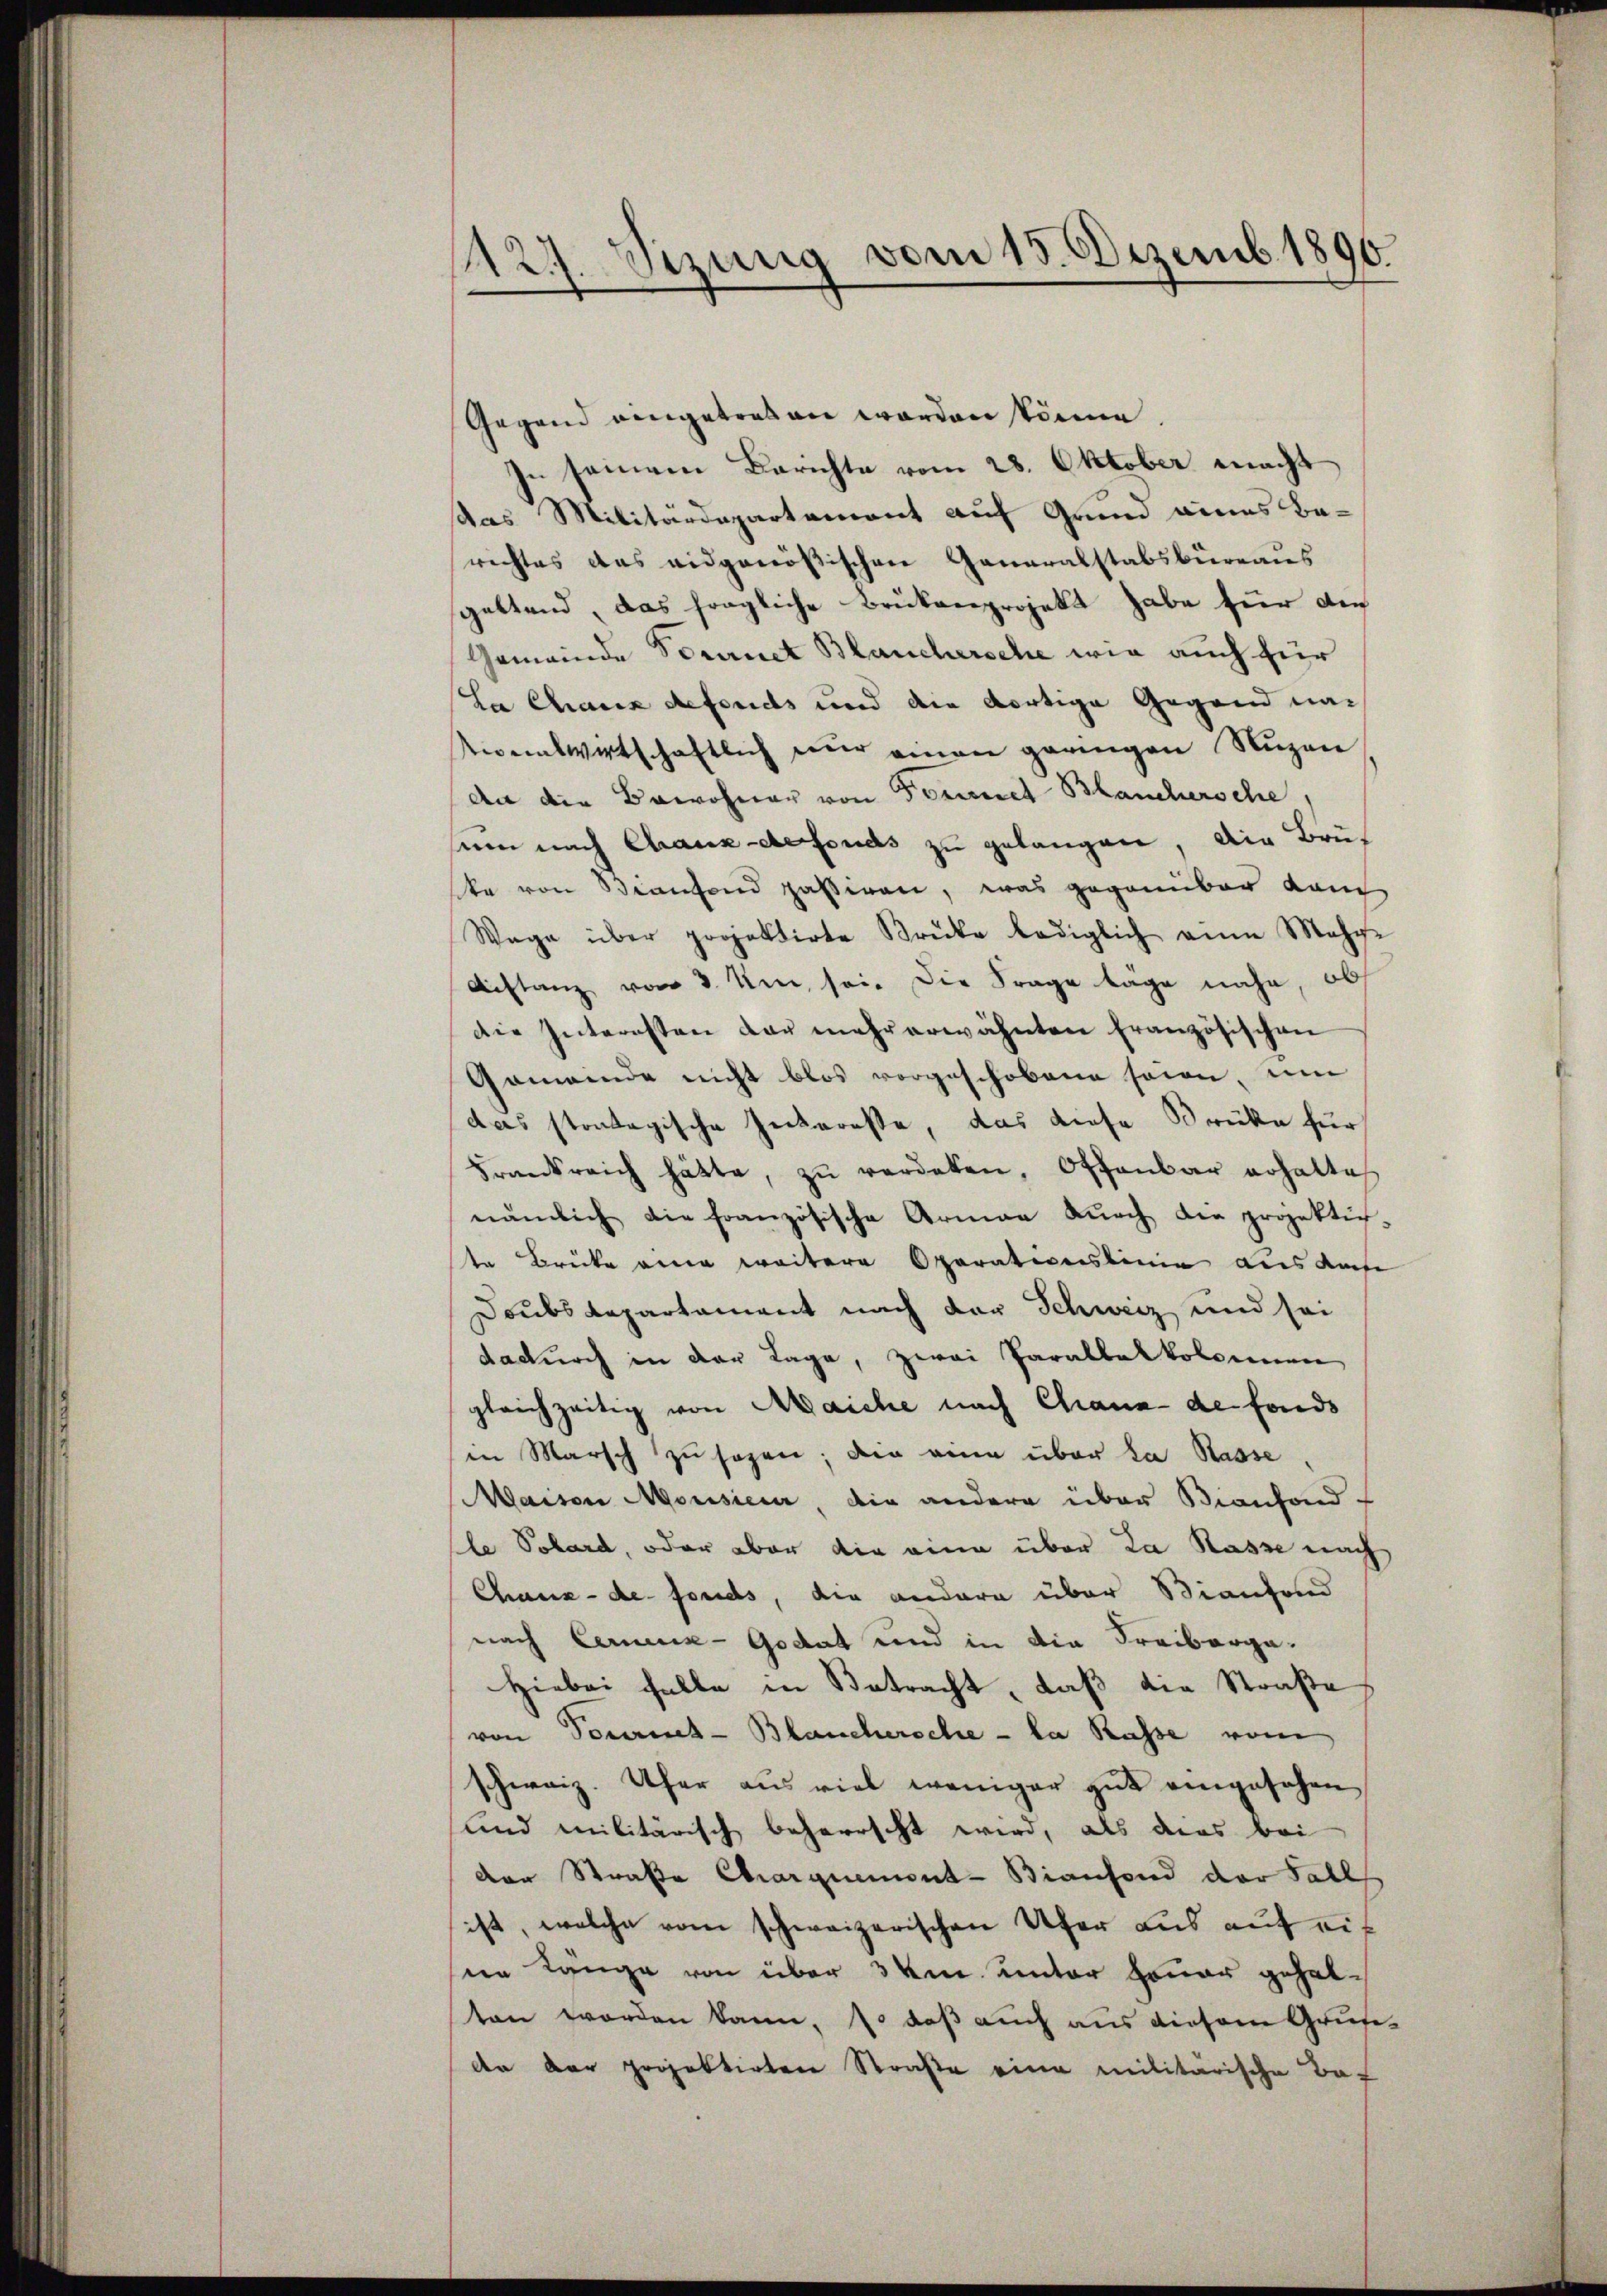
1127. Sezung vom 15. Dezemb. 1890.

Gegend eingetreten worden könne.
In seinem Berichte vom 28. Oktober macht
das Militärdepartement auf Grund eines Berichtes das eidgenößischen Generalstabsbüreaus
geltend, das fragliche Brükenprojekt habe für Au
Gemeinde Vornet Blanchersche wie auch für
La Chaux defonds und die dortige Gegend nach
tivelwirtschaftlich nur einen geringen Nuzen
dn die Bewohner von Formel Blanchersche,
sum nach Chaux-defonds zu gelangen, die Brüka von Biansend passiren, was gegenüber danc
Wage über projektirte Brüke lediglich eine Mehr-
Distanz vom 3. Um sei. Die Frage tage nahe, obs
die Internsten der mehr erwähnten Französischen
Gemeinde nicht blos vorgeschobene sein, um
das stantagische Interesse, das diese Brüke für
Frankreich hätte, zŭ verdaten, Offenbar erhalte
nämlich die französische Armen dŭrch die projektiv-
te Brücke eine weitere Operationslinie aus der
Doubs Repartament nach der Schweiz und sei
dadurch in der Tage, zwai Paralbakkolsinen
gleichzeitig von Maiche nach Chaux de fonds
in Marsch zu sagen; die eine über la Rasse
Maison Morisiere, die andere über Bianfond-
le Solard, oder aber die eine über da Kasse nach
Chaux-de-Fonds, die andere über Biantend
nach Cerenz-Godat und in die Freiberga¬
Hiebei falle in Betracht, daß die Straße
von Tourich-Blanchersche - la Rasse vom
schweiz. Uhr aus viel weniger gut eingesehen,
und militärisch beherrscht wird, als dies bei
der Straße Charquement-Biansond der Fall
ist, welche vom schweizerischen Ufer aus auf eiseen Länge von über 3 km unter heuer gehalten worden kann, so daß auch aus diesem Grundn der projektirten Straße eine militärische Bac